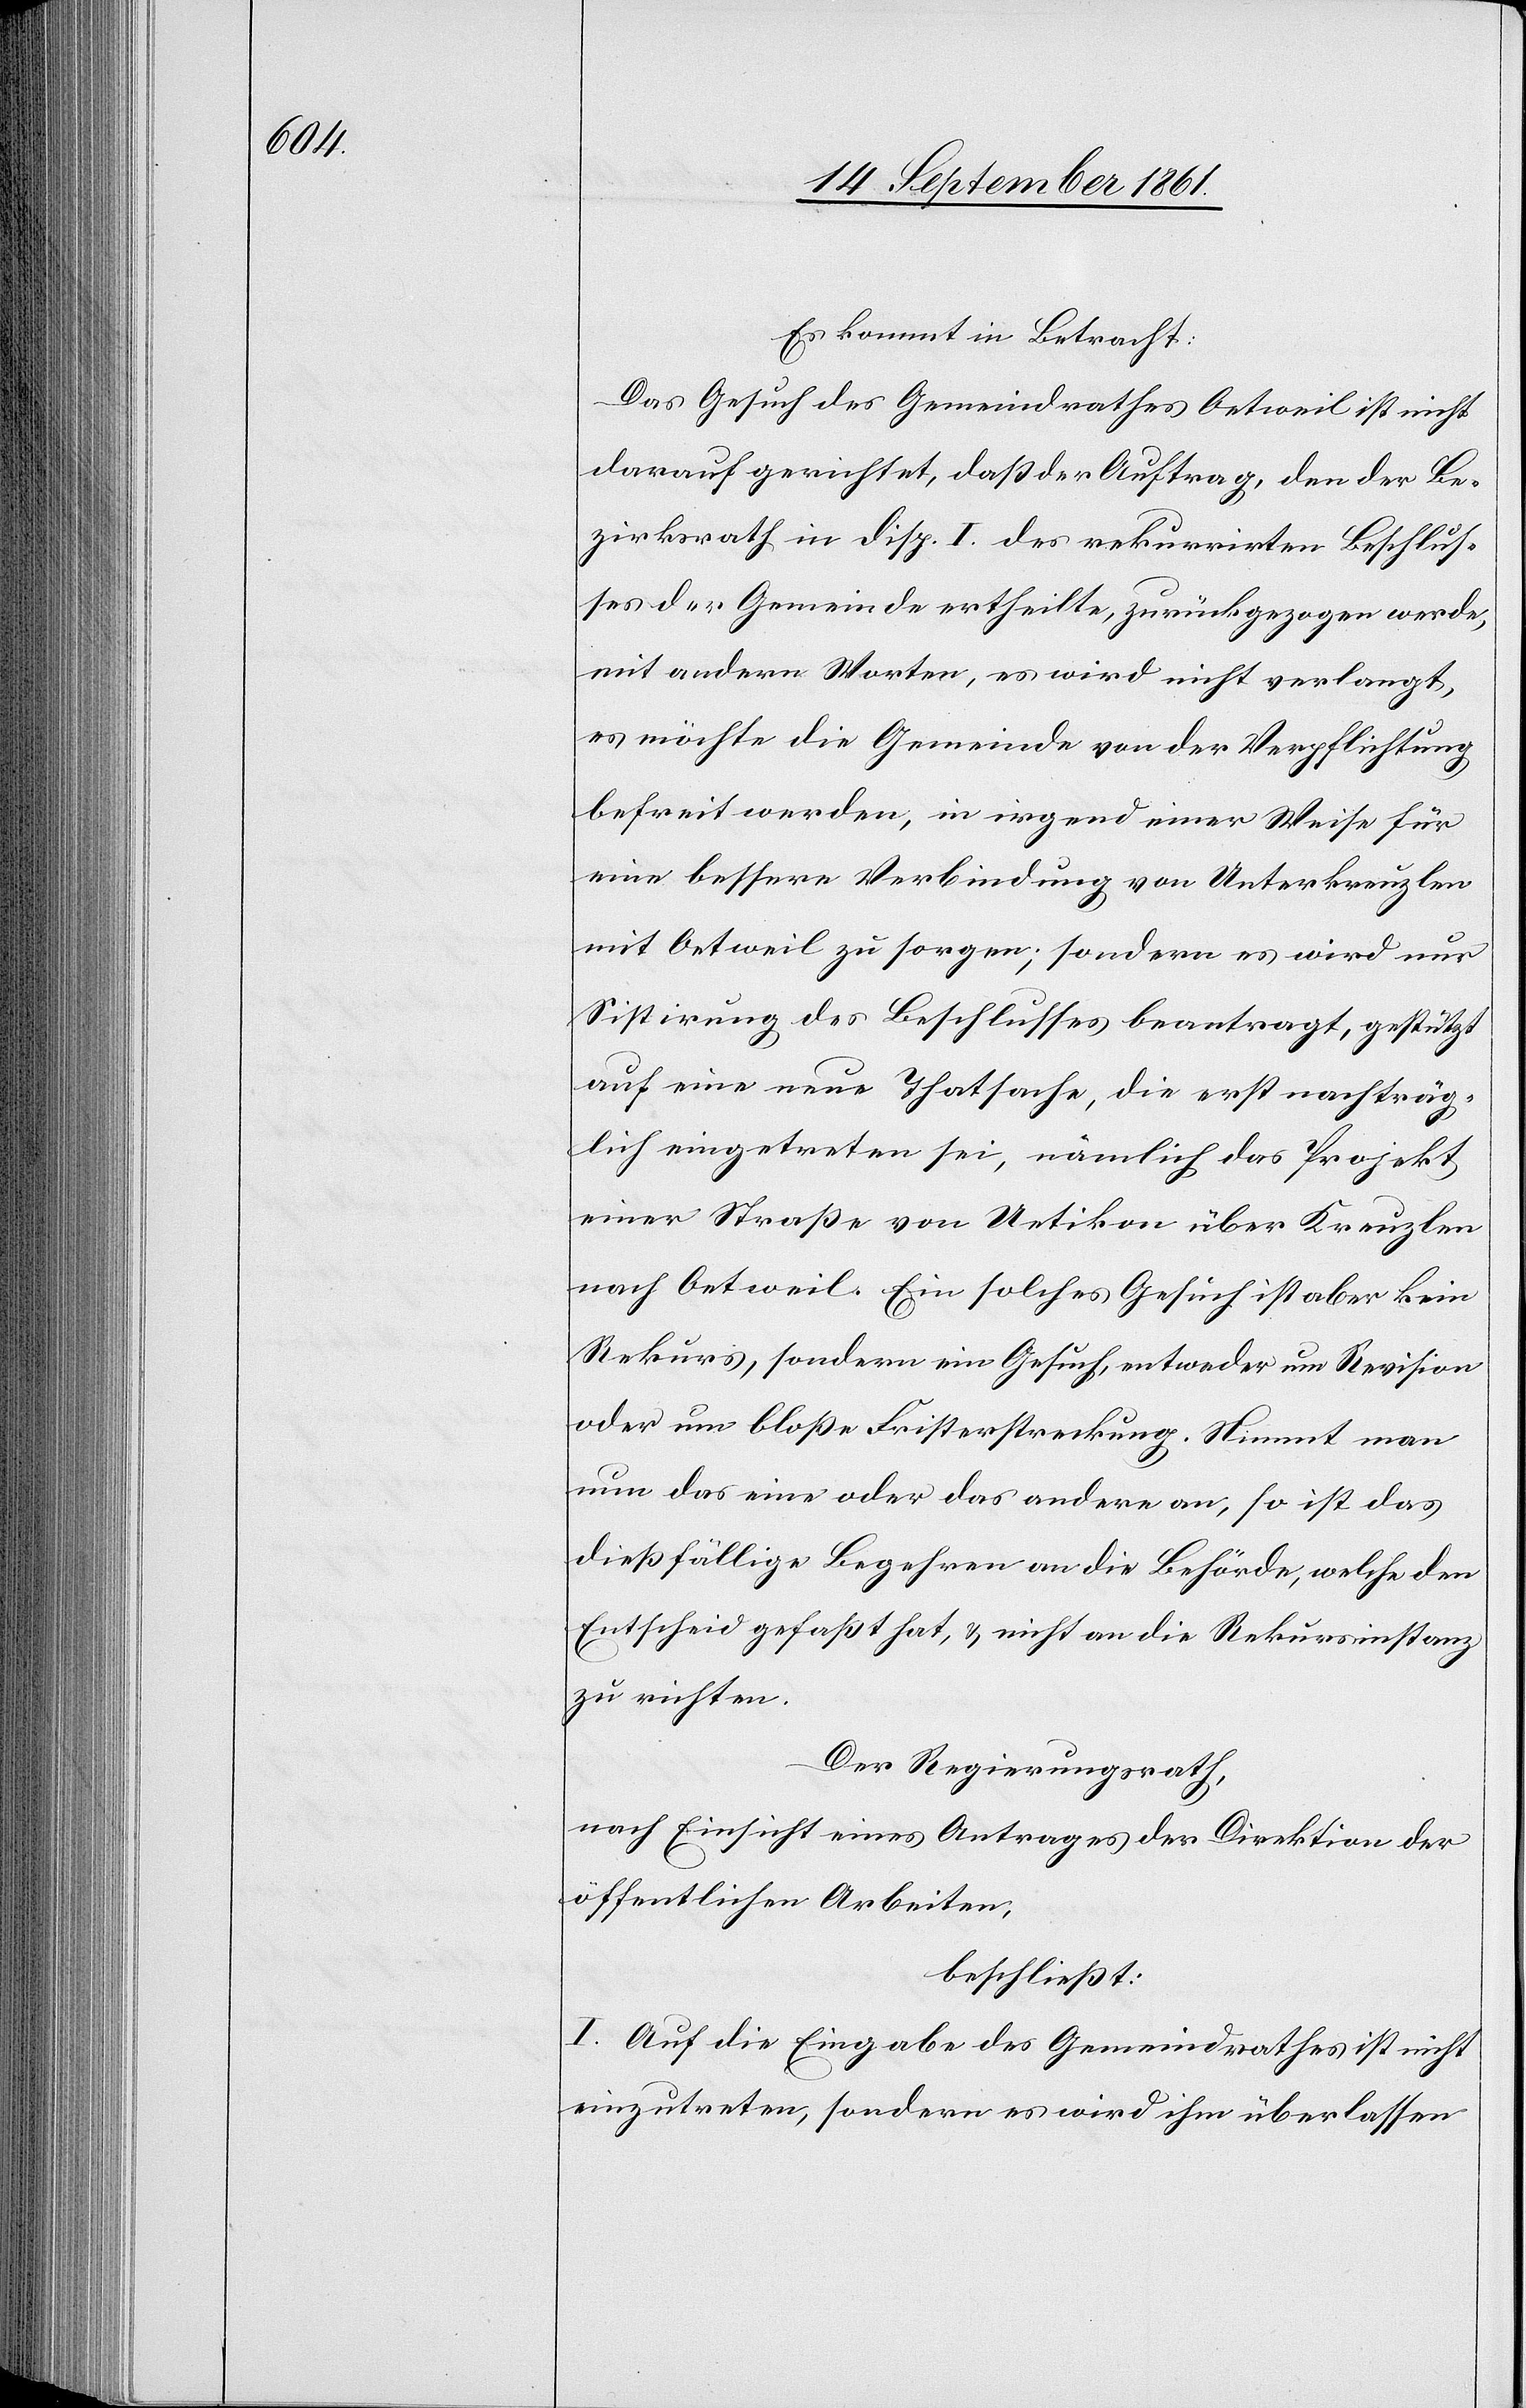
Es kommt in Betracht:
Das Gesuch des Gemeindrathes Oetweil ist nicht
darauf gerichtet, daß der Auftrag, den der Be¬
zirksrath in Disp. I des rekurrirten Beschlus¬
ses der Gemeinde ertheilte, zurückgezogen werde,
mit andern Worten, es wird nicht verlangt,
es möchte die Gemeinde von der Verpflichtung
befreit werden, in irgend einer Weise für
eine bessere Verbindung von Unterkreuzlen
mit Oetweil zu sorgen; sondern es wird nur
Sistirung des Beschlusses beantragt, gestützt
auf eine neue Thatsache, die erst nachträg¬
lich eingetreten sei, nämlich das Projekt
einer Straße von Uetikon über Kreuzlen
nach Oetweil. Ein solches Gesuch ist aber kein
Rekurs, sondern ein Gesuch, entweder um Revision
oder um bloße Fristerstreckung. Nimmt man
nun das eine oder das andere an, so ist das
dießfällige Begehren an die Behörde, welche den
Entscheid gefaßt hat, u. nicht an die Rekursinstanz
zu richten.
Der Regierungsrath,
nach Einsicht eines Antrages an die Direktion der
öffentlichen Arbeiten,
beschließt:
I. Auf die Eingabe des Gemeindrathes ist nicht
einzutreten, sondern es wird ihm überlassen